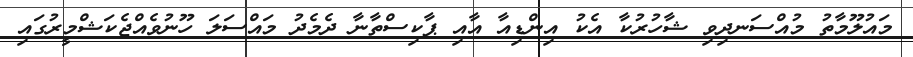
މައުލޫމާތު މުއްސަނދިވި ޝާހުރުކާ އެކު އިންޑިއާ އާއި ޕާކިސްތާނާ ދެމެދު މައްސަލަ ހޫނުވެއްޖެކަޝްމީރުގައި